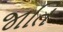
જાતિ